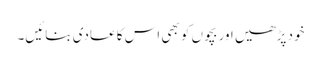
خود پڑھیں اور بچوں کو بھی اس کا عادی بنائیں۔